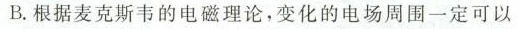
B.根据麦克斯韦的电磁理论，变化的电场周围一定可以